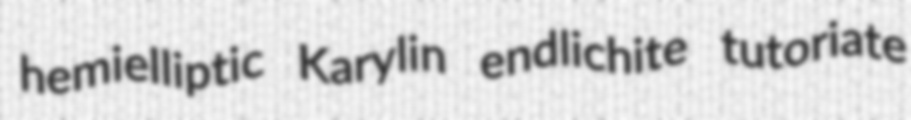
hemielliptic Karylin endlichite tutoriate